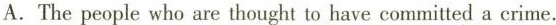
A. The people who are thought to have committed a crime.